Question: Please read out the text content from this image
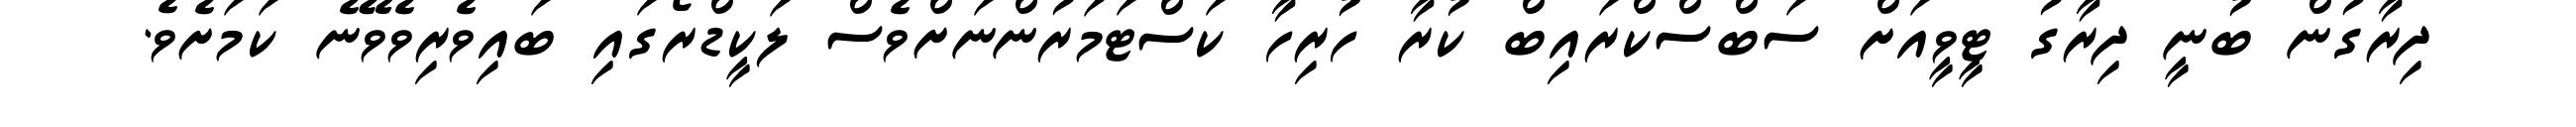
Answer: ދިރާގުން ބުނީ ދިރާގު ޓީވީއަށް ސަބްސްކްރައިބް ކުރާ ހުރިހާ ކަސްޓަމަރުންނަށްވެސް ލަކީޑްރޯގައި ބައިވެރިވެވޭނެ ކަމަށެވެ.